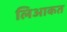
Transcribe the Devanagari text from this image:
लिआकत